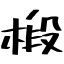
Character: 椴